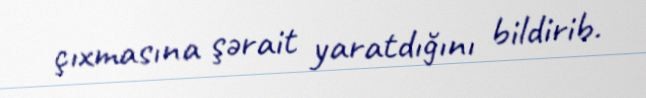
çıxmasına şərait yaratdığını bildirib.